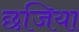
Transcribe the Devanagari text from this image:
छजिया